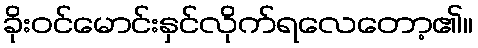
ခိုးဝင်မောင်းနှင်လိုက်ရလေတော့၏။